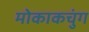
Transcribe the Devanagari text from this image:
मोकाकचुंग